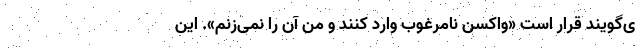
ی‌گویند قرار است «واکسن نامرغوب وارد کنند و من آن را نمی‌زنم». این